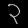
Digit: ၃